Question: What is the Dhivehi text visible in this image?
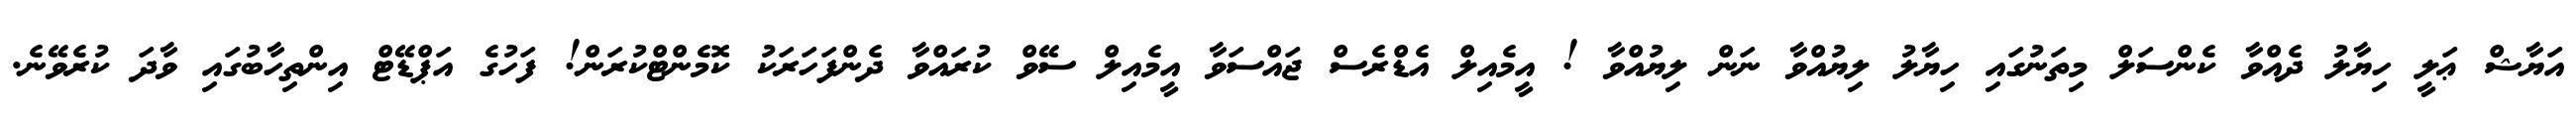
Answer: އަޔާޝް ޢަލީ ހިޔާލު ދެއްވާ ކެންސަލް މިތަނުގައި ހިޔާލު ލިޔުއްވާ ނަން ލިޔުއްވާ ! އީމެއިލް އެޑްރެސް ޖައްސަވާ އީމެއިލް ސޭވް ކުރައްވާ ދެންފަހަރަކު ކޮމެންޓްކުރަން! ފަހުގެ އަޕްޑޭޓް އިންތިހާބުގައި ވާދަ ކުރެވޭނެ.